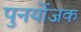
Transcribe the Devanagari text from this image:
पुनर्योजक